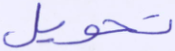
تحويل